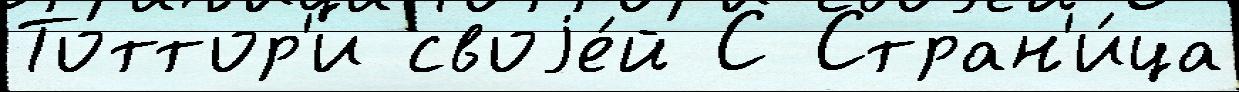
Тоттор'и своjе́й С Стран'и́ца